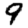
Digit: 9